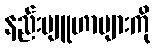
နည်းဗျူဟာများကို